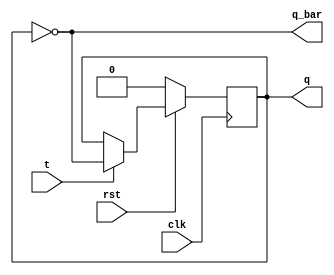
module T_FF (
  input clk, rst,
  input t,
  output reg q,
  output q_bar
  );
  
  always@(posedge clk) begin
    if(!rst) 
		q <= 0;
    else begin
      q <= (t?~q:q);
    end
  end
  assign q_bar = ~q;
endmodule